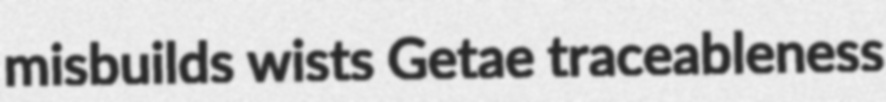
misbuilds wists Getae traceableness